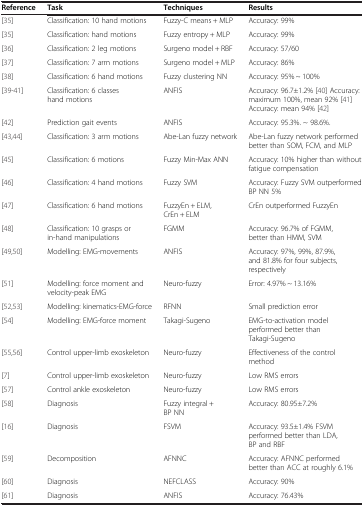
<table><thead><tr><td><b>Reference</b></td><td><b>Task</b></td><td><b>Techniques</b></td><td><b>Results</b></td></tr></thead><tbody><tr><td>[35]</td><td>Classification: 10 hand motions</td><td>Fuzzy-C means + MLP</td><td>Accuracy: 99%</td></tr><tr><td>[35]</td><td>Classification: hand motions</td><td>Fuzzy entropy + MLP</td><td>Accuracy: 99%</td></tr><tr><td>[36]</td><td>Classification: 2 leg motions</td><td>Surgeno model + RBF</td><td>Accuracy: 57/60</td></tr><tr><td>[37]</td><td>Classification: 7 arm motions</td><td>Surgeno model + MLP</td><td>Accuracy: 86%</td></tr><tr><td>[38]</td><td>Classification: 6 hand motions</td><td>Fuzzy clustering NN</td><td>Accuracy: 95% ~ 100%</td></tr><tr><td>[39-41]</td><td>Classification: 6 classes hand motions</td><td>ANFIS</td><td>Accuracy: 96.7±1.2% [40] Accuracy: maximum 100%, mean 92% [41] Accuracy: mean 94% [42]</td></tr><tr><td>[42]</td><td>Prediction gait events</td><td>ANFIS</td><td>Accuracy: 95.3%. ~ 98.6%.</td></tr><tr><td>[43,44]</td><td>Classification: 3 arm motions</td><td>Abe-Lan fuzzy network</td><td>Abe-Lan fuzzy network performed better than SOM, FCM, and MLP</td></tr><tr><td>[45]</td><td>Classification: 6 motions</td><td>Fuzzy Min-Max ANN</td><td>Accuracy: 10% higher than without fatigue compensation</td></tr><tr><td>[46]</td><td>Classification: 4 hand motions</td><td>Fuzzy SVM</td><td>Accuracy: Fuzzy SVM outperformed BP NN 5%</td></tr><tr><td>[47]</td><td>Classification: 6 hand motions</td><td>FuzzyEn + ELM, CrEn + ELM</td><td>CrEn outperformed FuzzyEn</td></tr><tr><td>[48]</td><td>Classification: 10 grasps or in-hand manipulations</td><td>FGMM</td><td>Accuracy: 96.7% of FGMM, better than HMM, SVM</td></tr><tr><td>[49,50]</td><td>Modelling: EMG-movements</td><td>ANFIS</td><td>Accuracy: 97%, 99%, 87.9%, and 81.8% for four subjects, respectively</td></tr><tr><td>[51]</td><td>Modelling: force moment and velocity-peak EMG</td><td>Neuro-fuzzy</td><td>Error: 4.97% ~ 13.16%</td></tr><tr><td>[52,53]</td><td>Modelling: kinematics-EMG-force</td><td>RFNN</td><td>Small prediction error</td></tr><tr><td>[54]</td><td>Modelling: EMG-force moment</td><td>Takagi-Sugeno</td><td>EMG-to-activation model performed better than Takagi-Sugeno</td></tr><tr><td>[55,56]</td><td>Control upper-limb exoskeleton</td><td>Neuro-fuzzy</td><td>Effectiveness of the control method</td></tr><tr><td>[7]</td><td>Control upper-limb exoskeleton</td><td>Neuro-fuzzy</td><td>Low RMS errors</td></tr><tr><td>[57]</td><td>Control ankle exoskeleton</td><td>Neuro-fuzzy</td><td>Low RMS errors</td></tr><tr><td>[58]</td><td>Diagnosis</td><td>Fuzzy integral + BP NN</td><td>Accuracy: 80.95±7.2%</td></tr><tr><td>[16]</td><td>Diagnosis</td><td>FSVM</td><td>Accuracy: 93.5±1.4% FSVM performed better than LDA, BP and RBF</td></tr><tr><td>[59]</td><td>Decomposition</td><td>AFNNC</td><td>Accuracy: AFNNC performed better than ACC at roughly 6.1%</td></tr><tr><td>[60]</td><td>Diagnosis</td><td>NEFCLASS</td><td>Accuracy: 90%</td></tr><tr><td>[61]</td><td>Diagnosis</td><td>ANFIS</td><td>Accuracy: 76.43%</td></tr></tbody></table>